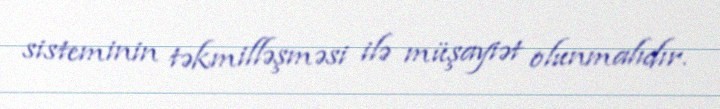
sisteminin təkmilləşməsi ilə müşayiət olunmalıdır.